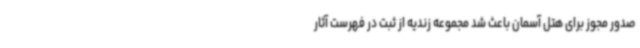
صدور مجوز برای هتل آسمان باعث شد مجموعه زندیه از ثبت در فهرست آثار